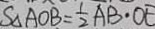
S _ { \Delta A O B } = \frac { 1 } { 2 } A B \cdot O E